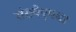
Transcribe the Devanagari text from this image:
संख्येएवढा